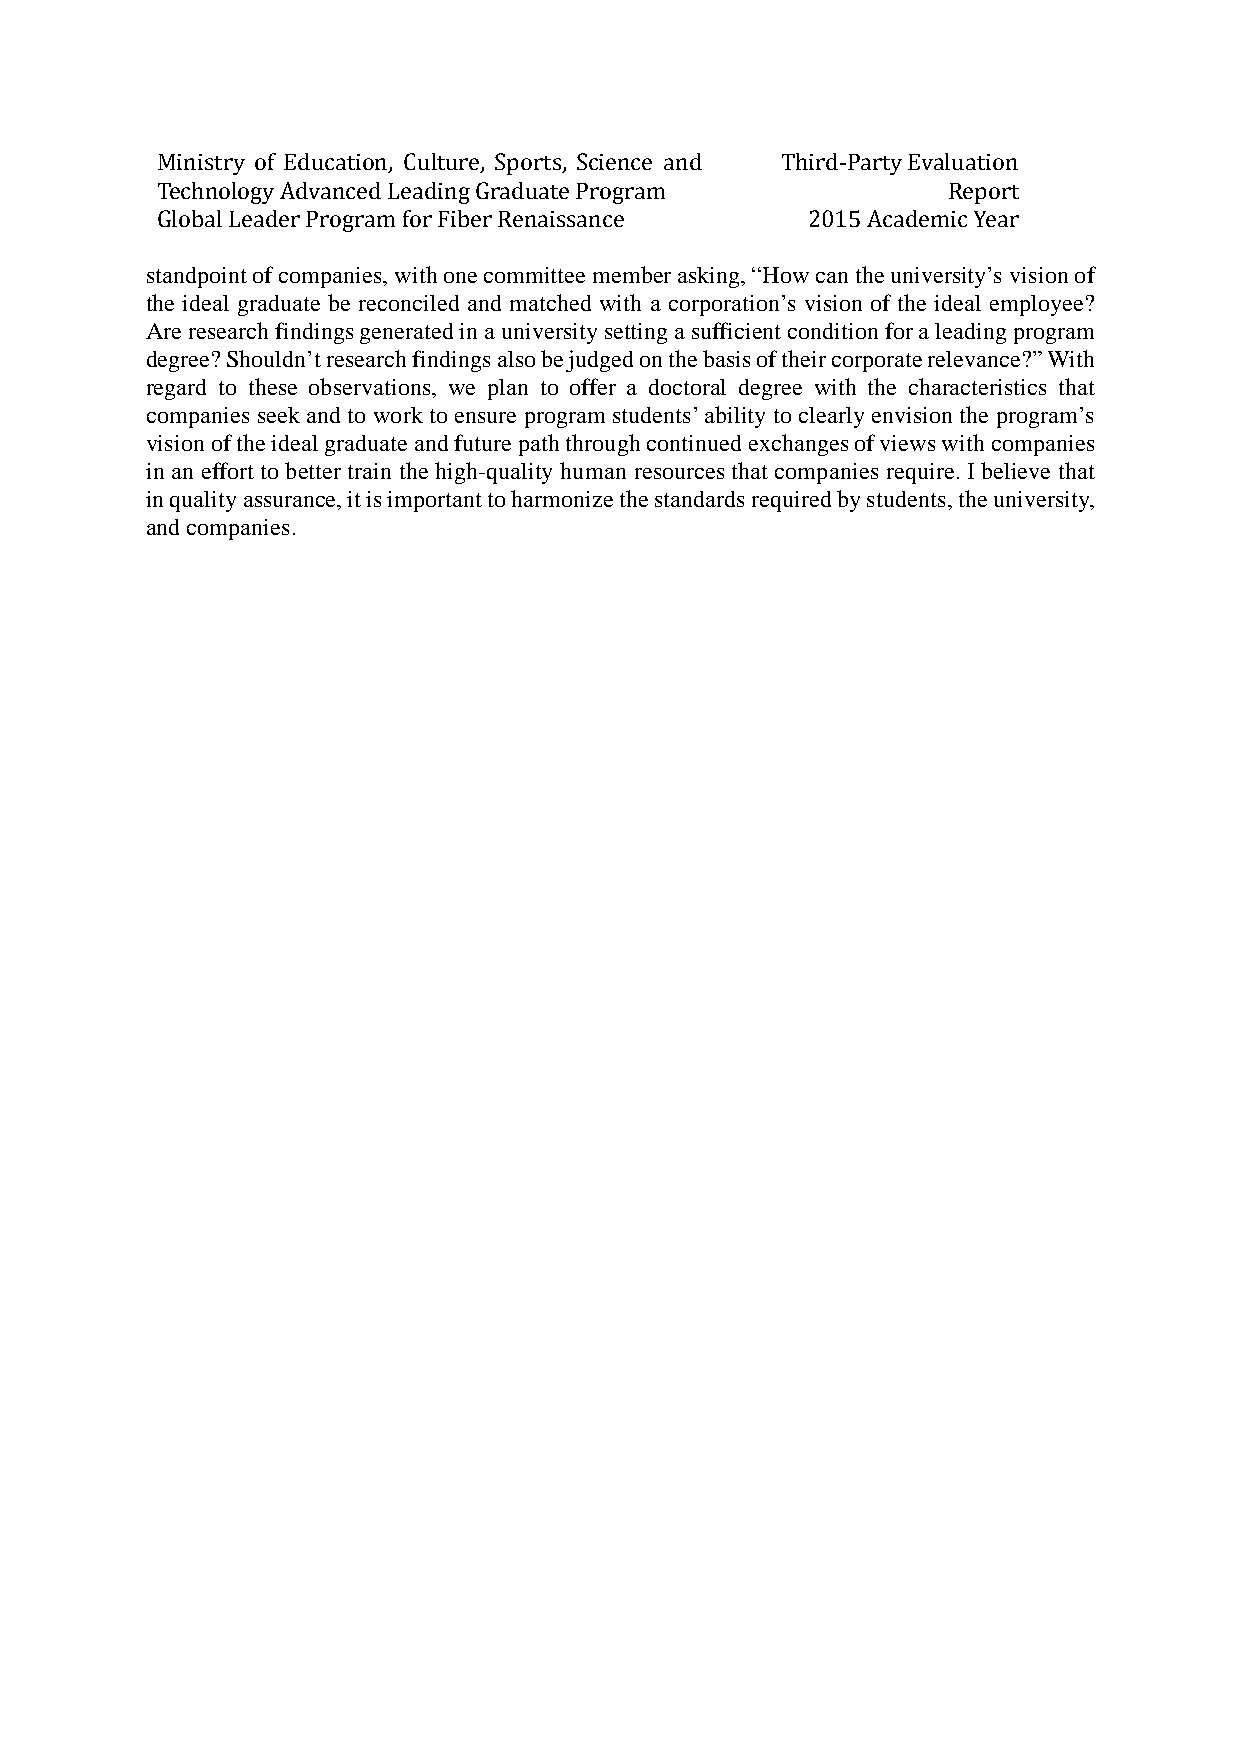
Ministry of Education, Culture, Sports, Science and Third-Party Evaluation
 Technology Advanced Leading Graduate Program         Report
 Global Leader Program for Fiber Renaissance 2015 Academic Year
 standpoint of companies, with one committee member asking, “How can the university’s vision of
 the ideal graduate be reconciled and matched with a corporation’s vision of the ideal employee?
 Are research findings generated in a university setting a sufficient condition for a leading program
 degree? Shouldn’t research findings also be judged on the basis of their corporate relevance?” With
 regard to these observations, we plan to offer a doctoral degree with the characteristics that
 companies seek and to work to ensure program students’ ability to clearly envision the program’s
 vision of the ideal graduate and future path through continued exchanges of views with companies
 in an effort to better train the high-quality human resources that companies require. I believe that
 in quality assurance, it is important to harmonize the standards required by students, the university,
 and companies.